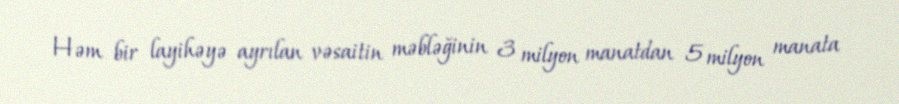
Həm bir layihəyə ayrılan vəsaitin məbləğinin 3 milyon manatdan 5 milyon manata